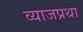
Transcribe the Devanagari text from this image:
व्याजप्रथा